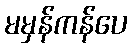
မမှန်ကန်ပေ